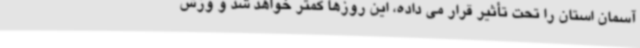
آسمان استان را تحت تأثیر قرار می داده، این روزها کمتر خواهد شد و وزش